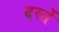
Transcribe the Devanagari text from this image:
दस्तें